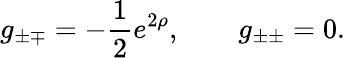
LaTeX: g_{\pm\mp}=-\frac 12e^{2\rho},\qquad g_{\pm\pm}=0.